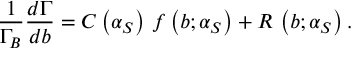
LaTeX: \frac { 1 } { \Gamma _ { B } } \frac { d \Gamma } { d b } = C \left( \alpha _ { S } \right) \, f \left( b ; \alpha _ { S } \right) + R \, \left( b ; \alpha _ { S } \right) .